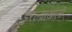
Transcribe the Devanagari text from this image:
इरल्याखाली